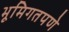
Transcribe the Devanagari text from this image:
भूमिगतपणे